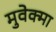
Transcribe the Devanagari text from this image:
मुवेक्मा